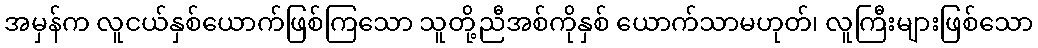
အမှန်က လူငယ်နှစ်ယောက်ဖြစ်ကြသော သူတို့ညီအစ်ကိုနှစ် ယောက်သာမဟုတ်၊ လူကြီးများဖြစ်သော